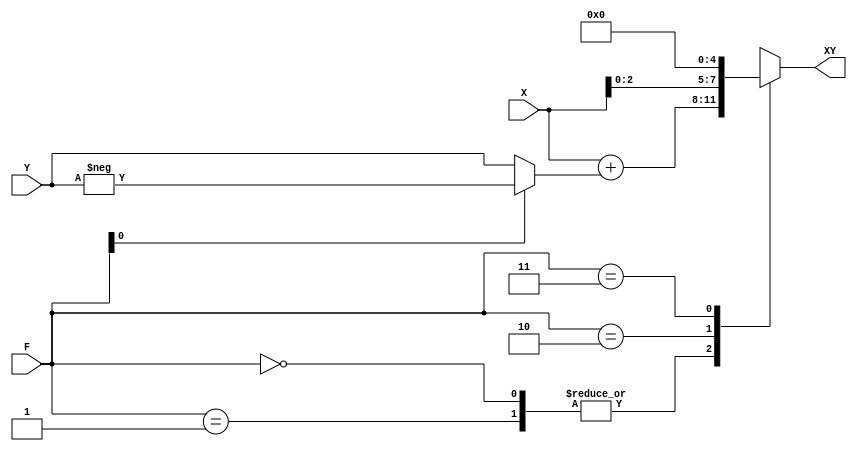
module alu_gold(
	input [3:0] X,
	input [3:0] Y,
	input [1:0] F,
	output reg [3:0] XY
);

wire [3:0] adder = X + (F[0] ? -Y : Y);

always @* begin
	case (F)
		0, 1: XY = adder;
		2: XY = X << 1;
		3: XY = 0;
	endcase
end

endmodule